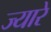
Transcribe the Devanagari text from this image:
ज्यारे